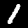
Label: 1